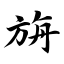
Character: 旃